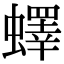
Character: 蠌